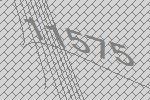
11575